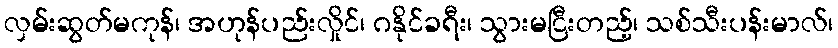
လှမ်းဆွတ်မကုန်၊ အဟုန်ပည်းလှိုင်၊ ဂနိုင်ခရီး၊ သွားမငြီးတည့်၊ သစ်သီးပန်းမာလ်၊